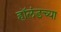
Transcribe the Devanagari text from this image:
हॉलंडच्या